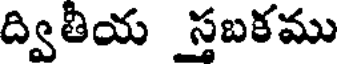
ద్వితీయ స్తబకము